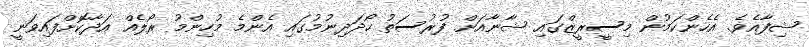
ޝިފާއެވެ. އެހެންކަމުން މިސީރީޒްގައި ޝާނާއަށް ފުރުސަތު ހޯދަދިނުމުގައި އެންމެ މުހިންމު ރޯލެއް އަދާކޮށްފައިވަނީ